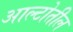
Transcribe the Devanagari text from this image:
आल्टोतील